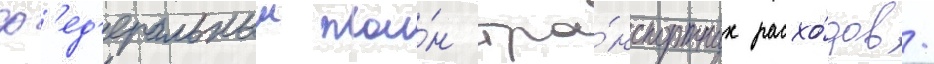
ф'ед'еральныи пла́н тра́нспортных расхо́дов.